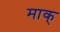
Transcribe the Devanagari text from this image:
माक्